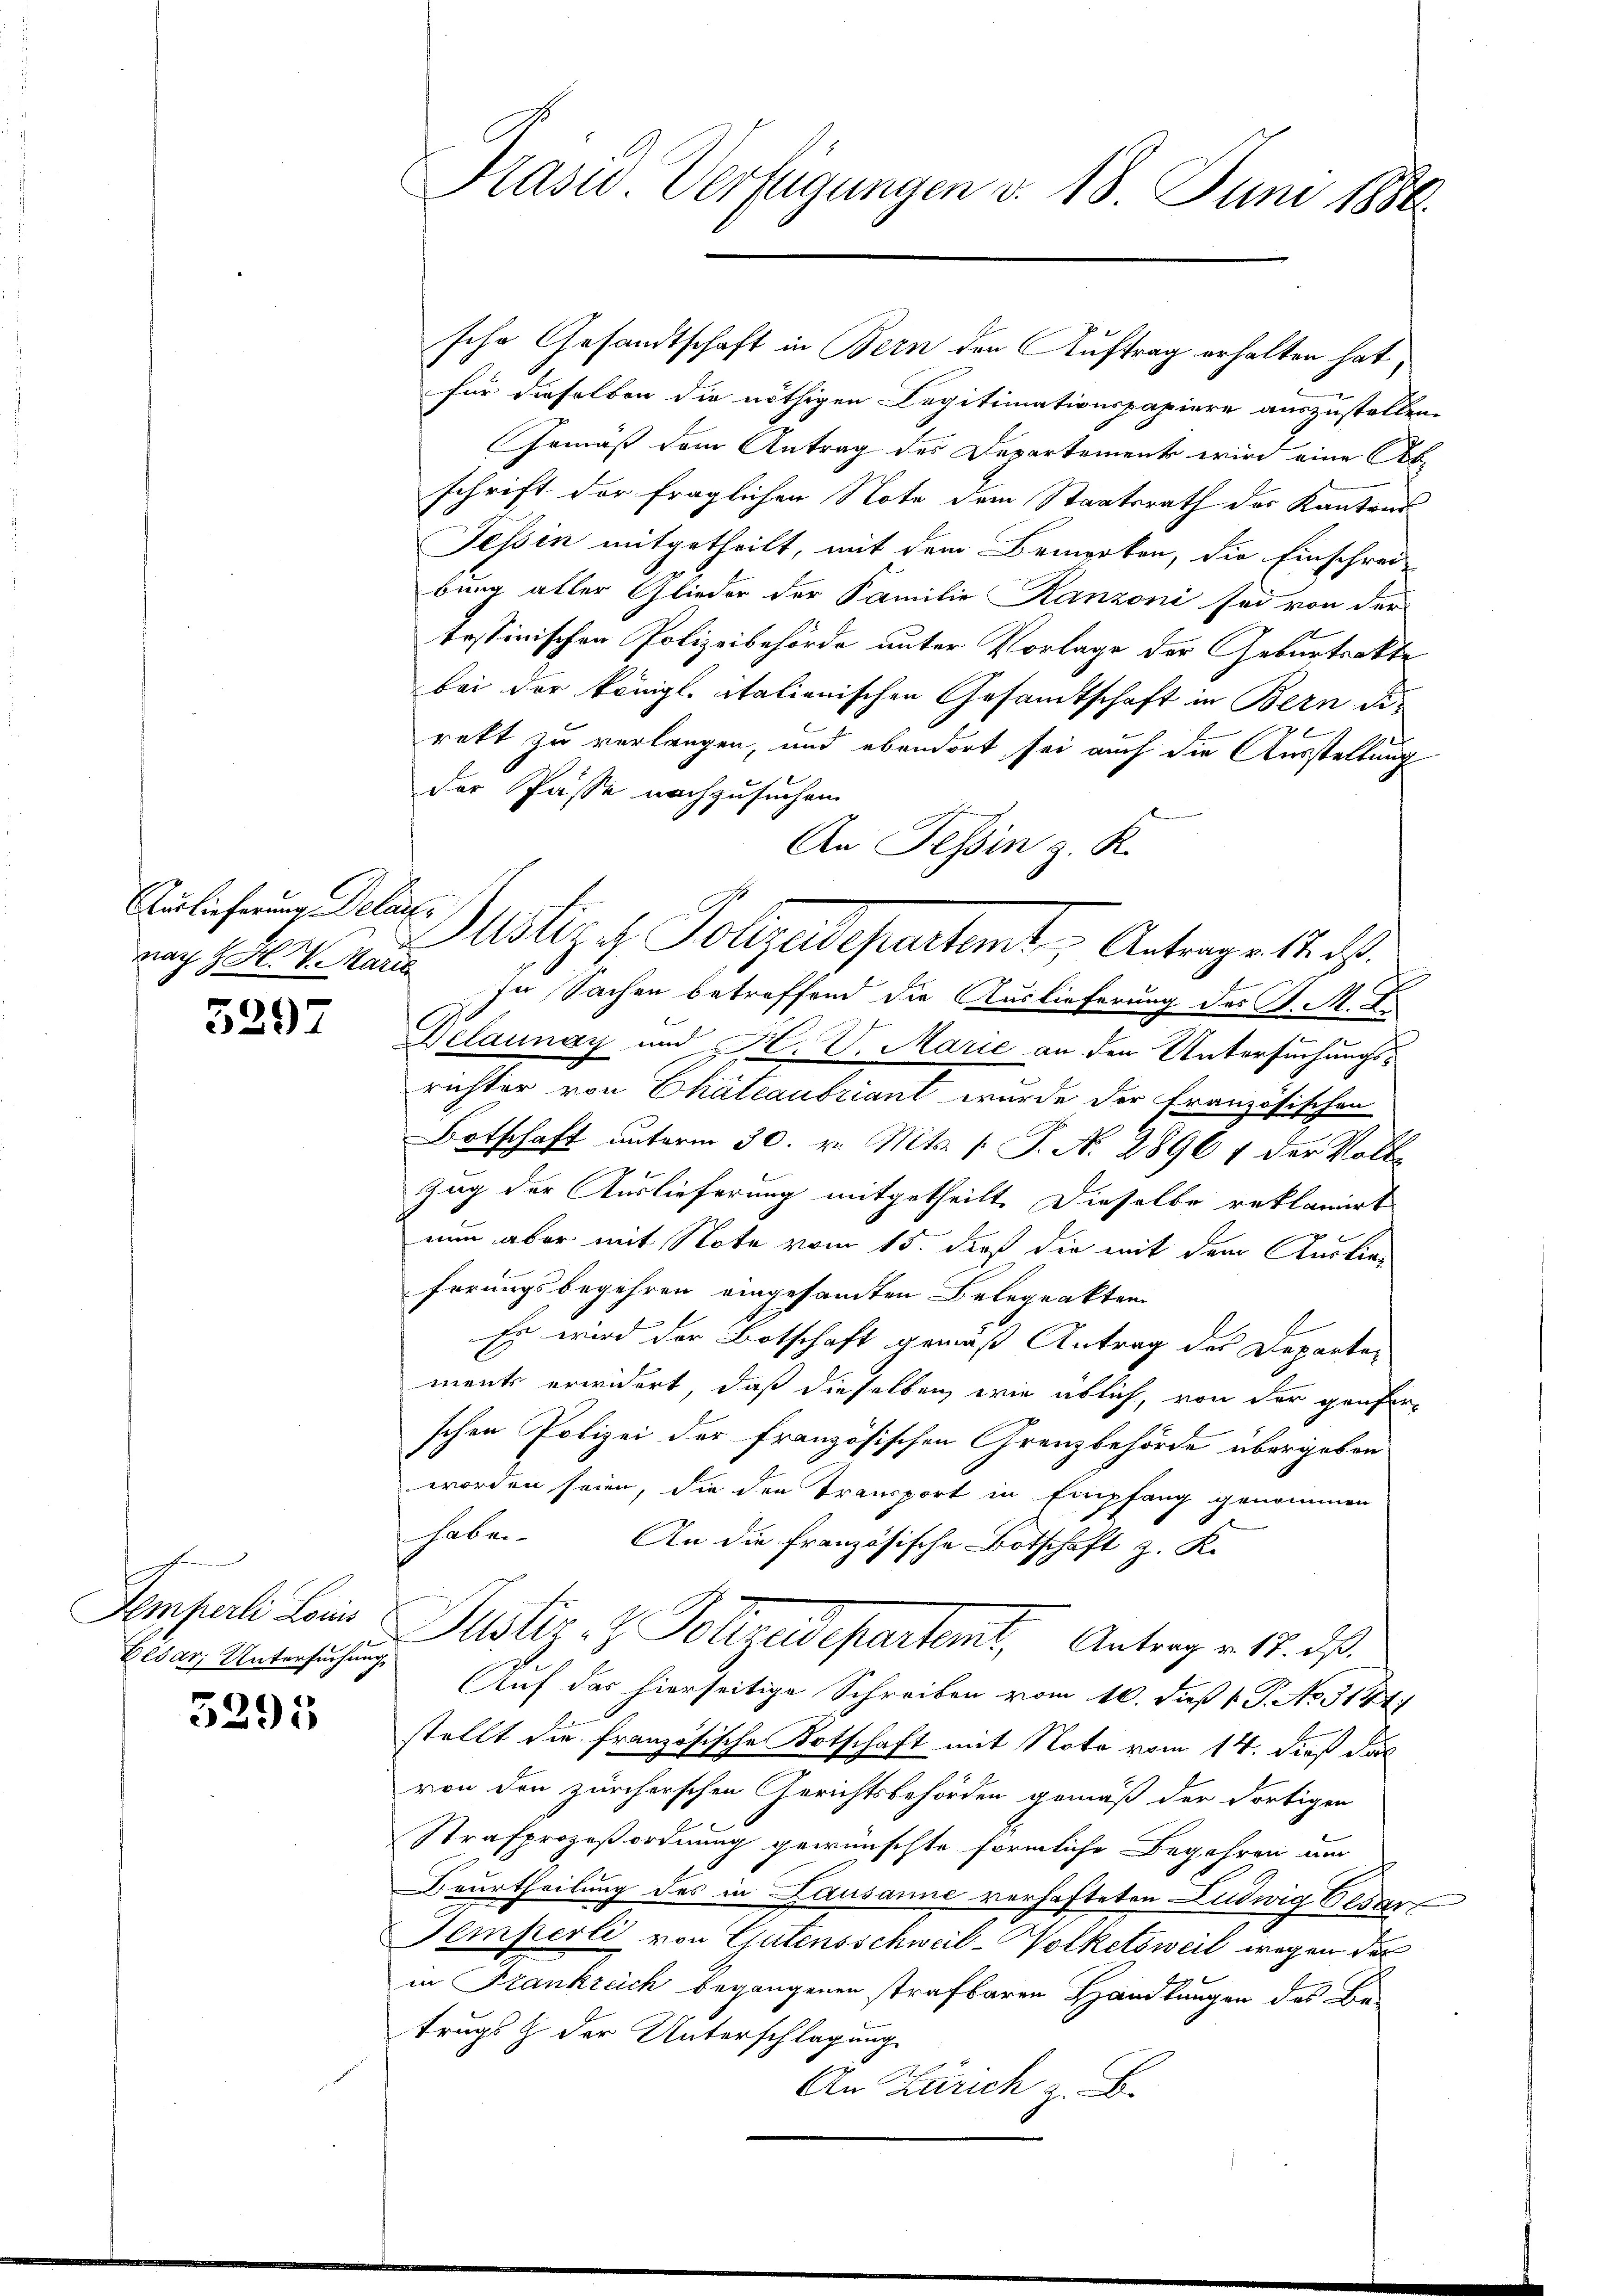
Auslieferung Delar¬

3297

Cesar Untersuchung,

5295

Präsid Verfügungen v. 18. Juni 1886.

sche Gesandtschaft in Bern den Auftrag erhalten hat,
für dieselben die nöthigen Legitimationspapiere auszustellen.
Gemäß dem Antrag des Departement wird eine Abschrift der fraglichen Note dem Staatsrath des Kantons
Tessin mitgetheilt, mit dem Bemerken, die Einschrei-
bung aller Glieder der Familie Kanzoni sei von der
tessinischen Polizeibehörde unter Vorlage der Geburtsakte
bei der königl. itationischen Gesandtschaft in Bern die
rett zu verlangen, und ebendort sei auch die Ausstellung
der Pässe nachzusuchen.
An Tessin z. R.
7
nach H. H. Vikaria In Sachen betreffend die Auslieferung des J. M. D.
Delaunay und H. V. Marie an den Untersuchungsrichter von Chateaubriant wurde der Französischen
Botschaft unterm 30. v. Mts. (T. N. 2896 1 der Volke
Zug der Auslieferung mitgetheilt. Dieselbe reklamirt
nun aber mit Note vom 15. dieß die mit dem Auslieferungsbegehren eingesamten Belegrakten
Es wird der Botschaft gemäß Antrag des Departements erwidert, daß dieselben wie üblich, von der Genfer-
schen Polizei der französischen Grenzbehörde übergeben
worden seien, die den Transport in Empfang genommen
haben. An die französische Botschaft z. K.
Temperli Leine Justiz- & Vollzudepartemt, Antrag v. 12. ds.
Auf das hierseitige Schreiben vom 10. dieß P. P. Nr. 3141.
stellt die französische Kotschaft mit Note vom 14. dieß das
von den zürcherschen Gerichtsbehörden gemäß der dortigen
Strafprozeßordnung gewünschte förmliche Begehren um
Beurtheilung des in Lausanne verhafteten Ludwig bedar
Temperli von Gutensschweil-Volketsweil wegen der
in Frankreich begangenen strafbaren Handlungen des Be-
trugs & der Unterschlagung
An Zürich z. B.

Justiza Vollzudepartet, Antrage 12. 34.